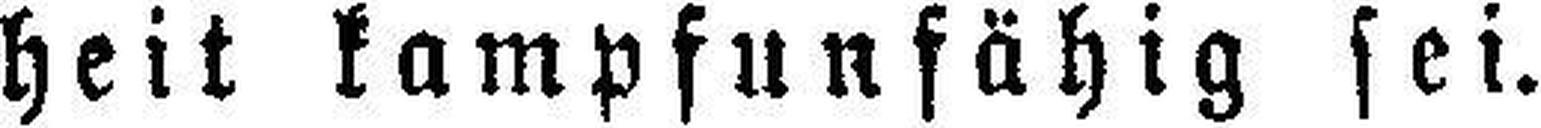
heit kampfunfähig sei.